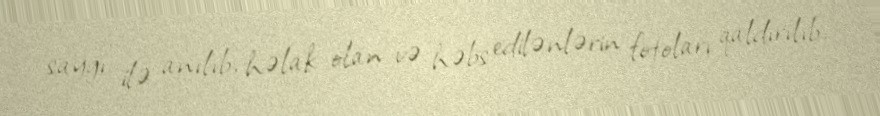
sayğı ilə anılıb, həlak olan və həbs edilənlərin fotoları qaldırılıb.